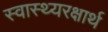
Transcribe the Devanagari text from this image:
स्वास्थ्यरक्षार्थ